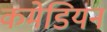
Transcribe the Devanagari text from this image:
कमेडियन